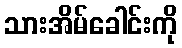
သားအိမ်ခေါင်းကို